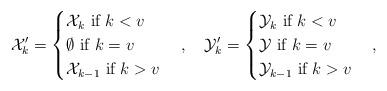
LaTeX: \begin{align*}\mathcal{X}_k'=\begin{cases}\mathcal{X}_k \mbox{ if } k<v \\\emptyset \mbox{ if } k=v \\\mathcal{X}_{k-1} \mbox{ if } k>v\end{cases}, ~~~\mathcal{Y}_k'=\begin{cases}\mathcal{Y}_k \mbox{ if } k<v \\\mathcal{Y} \mbox{ if } k=v \\\mathcal{Y}_{k-1} \mbox{ if } k>v\end{cases},\end{align*}